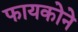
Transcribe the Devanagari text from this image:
फायकोने